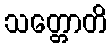
သတ္တောတိ